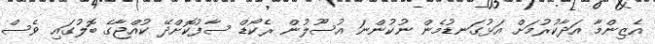
އެޒިންމާ އަދާކުރުމަށް އަޅުގަނޑުމެން ނުކުންނަ އުސޫލުން ރެކޯޑް ސާފުކޮށްދޭ ކުއްޖާގެ ބޮލުގައި ވެސް